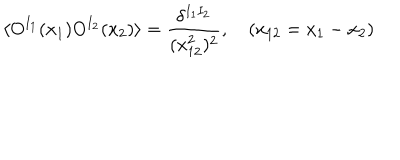
\langle O ^ { I _ { 1 } } ( x _ { 1 } ) O ^ { I _ { 2 } } ( x _ { 2 } ) \rangle = \frac { \delta ^ { I _ { 1 } I _ { 2 } } } { ( x _ { 1 2 } ^ { 2 } ) ^ { 2 } } , \quad ( x _ { 1 2 } = x _ { 1 } - x _ { 2 } )